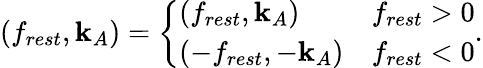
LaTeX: \begin{array}{r}{(f_{rest},\mathbf{k}_{A})=\left\{ \begin{array}{ll}{(f_{rest},\mathbf{k}_{A})}&{f_{rest}>0}\\ {(-f_{rest},-\mathbf{k}_{A})}&{f_{rest}<0}\end{array}\right..}\end{array}